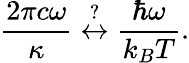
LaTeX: \frac{2\pi c\omega}{\kappa}\overset{?}{\leftrightarrow}\frac{\hbar\omega}{k_{B}T}.